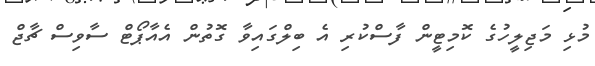
މުޅި މަޖިލީހުގެ ކޮމިޓީން ފާސްކުރި އެ ބިލްގައިވާ ގޮތުން އެއާޕޯޓް ސާވިސް ޗާޖް